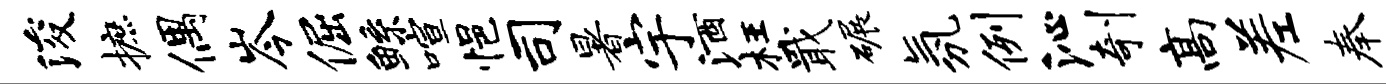
浚摭偶岑倔鲧喧悒司暑宇酒枉戢碾氛例沁剞高差奉